Report of an investigation of the epidemic of malarial fever in Assam, or, kala-azar
Disease focus: Malaria
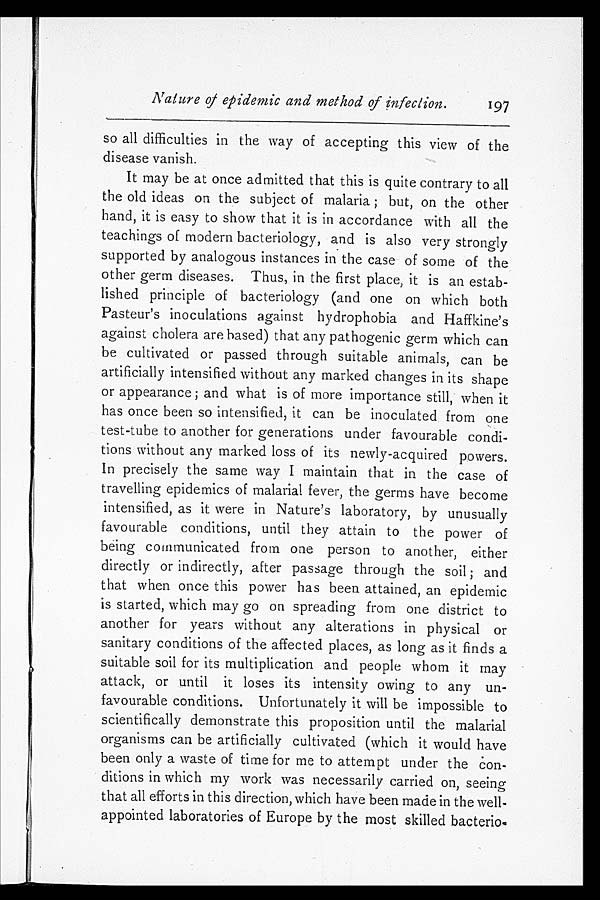
Nature of epidemic and method of infection.
197
so all difficulties in the way of accepting this view of the
disease vanish.
It may be at once admitted that this is quite contrary to all
the old ideas on the subject of malaria; but, on the other
hand, it is easy to show that it is in accordance with all the
teachings of modern bacteriology, and is also very strongly
supported by analogous instances in the case of some of the
other germ diseases. Thus, in the first place, it is an estab-
lished principle of bacteriology (and one on which both
Pasteur's inoculations against hydrophobia and Haffkine's
against cholera are based) that any pathogenic germ which can
be cultivated or passed through suitable animals, can be
artificially intensified without any marked changes in its shape
or appearance; and what is of more importance still, when it
has once been so intensified, it can be inoculated from one
test-tube to another for generations under favourable condi
-tions without any marked loss of its newly-acquired powers.
In precisely the same way I maintain that in the case of
travelling epidemics of malarial fever, the germs have become
intensified, as it were in Nature's laboratory, by unusually
favourable conditions, until they attain to the power of
being communicated from one person to another, either
directly or indirectly, after passage through the soil; and
that when once this power has been attained, an epidemic
is started, which may go on spreading from one district to
another for years without any alterations in physical or
sanitary conditions of the affected places, as long as it finds a
suitable soil for its multiplication and people whom it may
attack, or until it loses its intensity owing to any un
-favourable conditions. Unfortunately it will be impossible to
scientifically demonstrate this proposition until the malarial
organisms can be artificially cultivated (which it would have
been only a waste of time for me to attempt under the con
-
ditions in which my work was necessarily carried on, seeing
that all efforts in this direction, which have been made in the well
-
appointed laboratories of Europe by the most skilled bacterio-